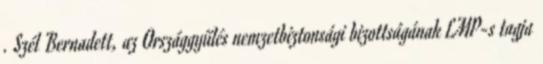
. Szél Bernadett, az Országgyűlés nemzetbiztonsági bizottságának LMP-s tagja